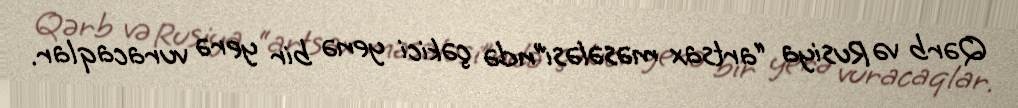
Qərb və Rusiya “artsax məsələsi”ndə çəkici yenə bir yerə vuracaqlar.